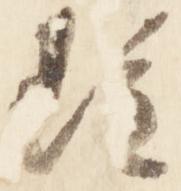
雖